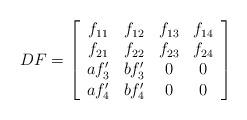
LaTeX: \begin{align*} DF = \left[\begin{array}{cccc}f_{11}& f_{12}&f_{13}&f_{14} \\f_{21}& f_{22}&f_{23}&f_{24} \\a f'_{3} & bf'_{3}& 0&0\\a f'_{4} & b f'_{4}& 0&0\end{array}\right] \end{align*}